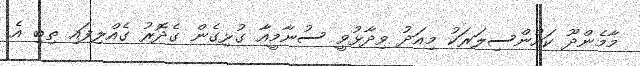
މާމެންދޫ ކައުންސިލަރަކު މިއަދު ވިދާޅުވީ ސުނާމީއާ ގުޅިގެން ގެދޮރު ގެއްލިފައި ތިބި އެ